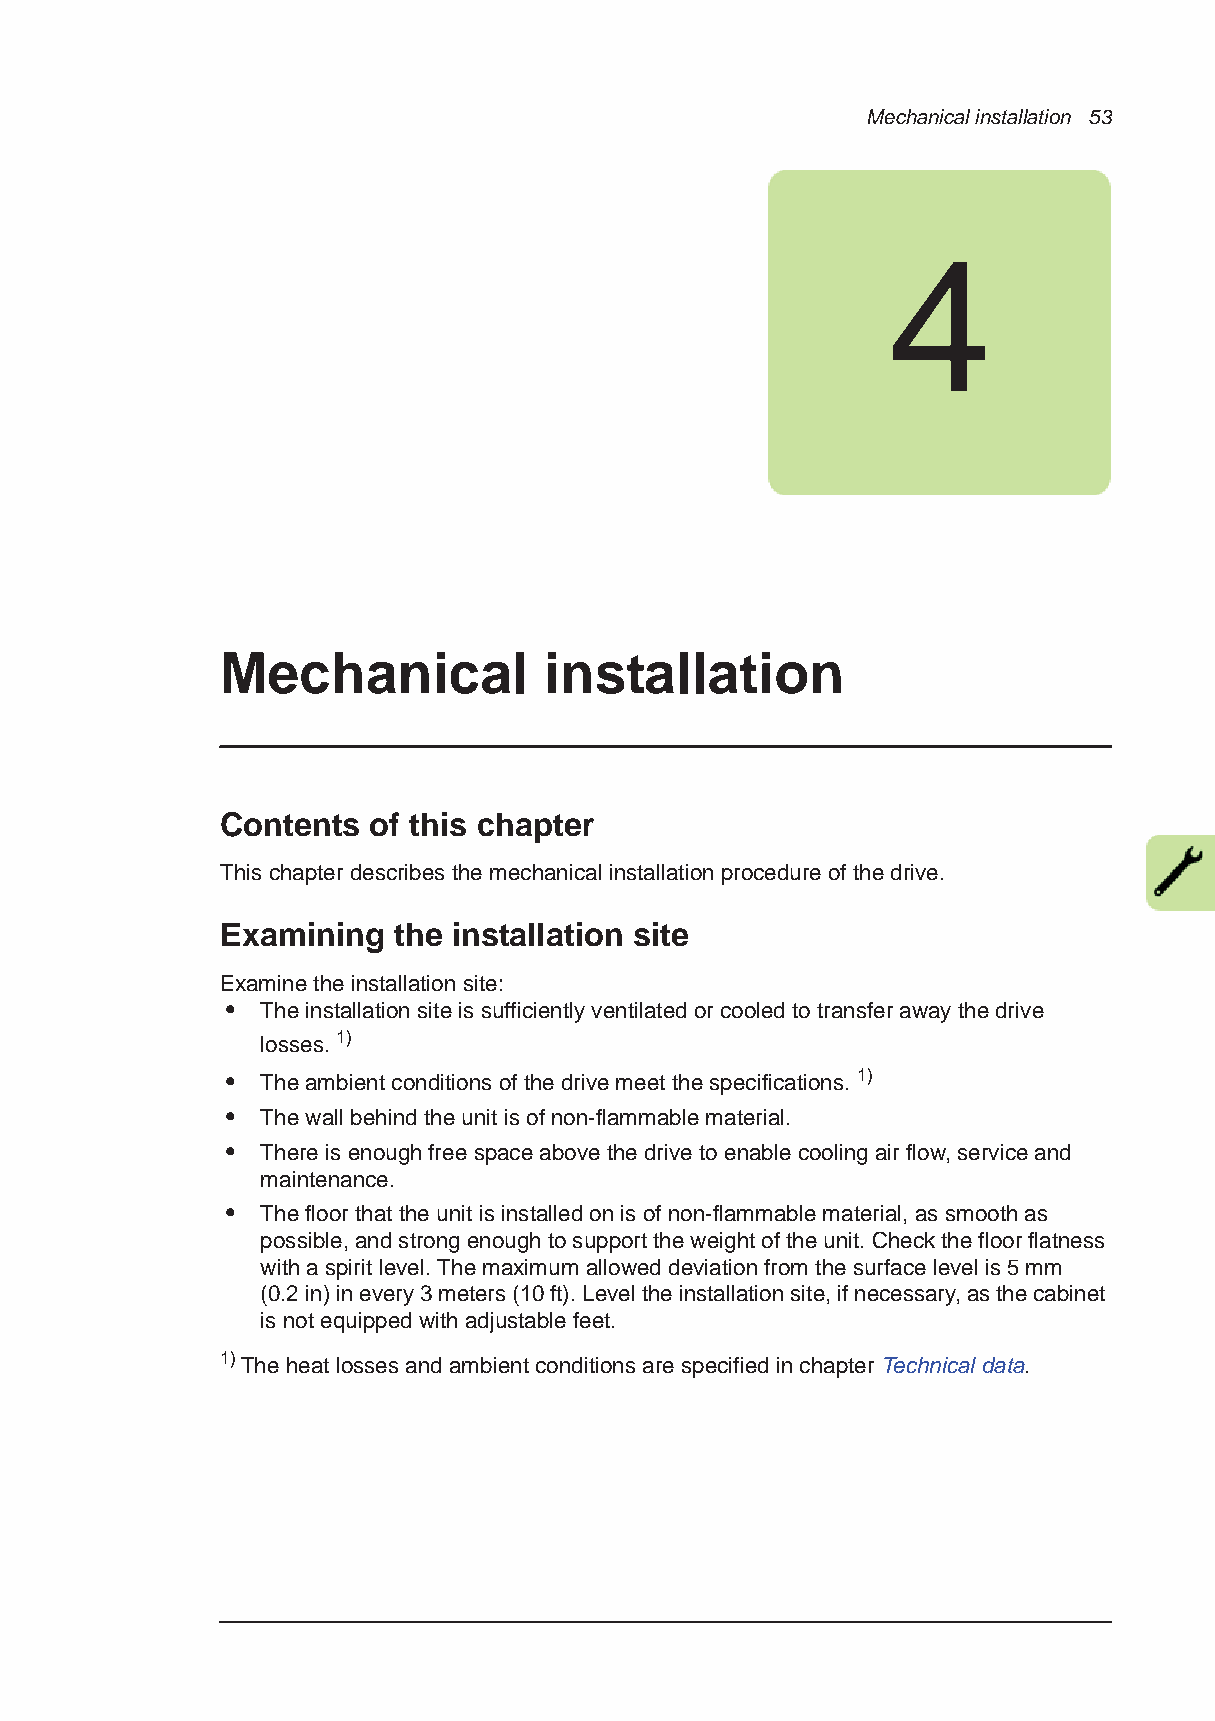
Mechanical installation 53
 4
 Mechanical           installation
 Contents of this chapter
 This chapter describes the mechanical installation procedure of the drive.
 Examining  the installation site
 Examine the installation site:
 • The installation site is sufficiently ventilated or cooled to transfer away the drive
 losses. 1)
 • The ambient conditions of the drive meet the specifications. 1)
 • The wall behind the unit is of non-flammable material.
 • There is enough free space above the drive to enable cooling air flow, service and
 maintenance.
 • The floor that the unit is installed on is of non-flammable material, as smooth as
 possible, and strong enough to support the weight of the unit. Check the floor flatness
 with a spirit level. The maximum allowed deviation from the surface level is 5 mm
 (0.2 in) in every 3 meters (10 ft). Level the installation site, if necessary, as the cabinet
 is not equipped with adjustable feet.
 1) The heat losses and ambient conditions are specified in chapter Technical data.